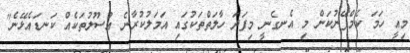
މިއީ ހަމަ ކެމްޕޭނުކަން މި އެނގެނީ މިފަދަ ހާލަތްތަކުގައި އަމަލުކުރާނެ އުސޫލުތަކެއް ކަނޑައެޅޭނެ"